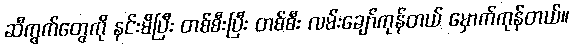
ဆီကွက်တွေကို နင်းမိပြီး တစ်စီးပြီး တစ်စီး လမ်းချော်ကုန်တယ် မှောက်ကုန်တယ်။